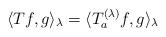
LaTeX: \begin{align*}\langle T f, g \rangle_\lambda = \langle T^{(\lambda)}_a f, g \rangle_\lambda\end{align*}